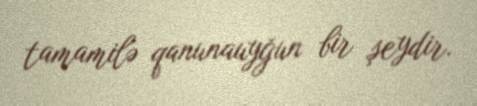
tamamilə qanunauyğun bir şeydir.